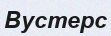
Вустерс